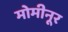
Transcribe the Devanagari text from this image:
मोमीनूर